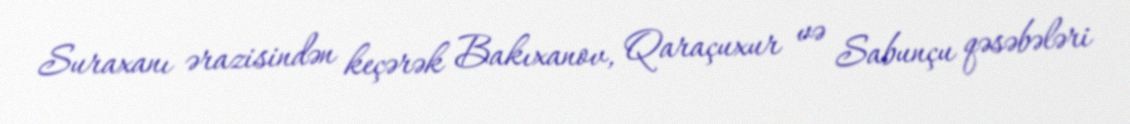
Suraxanı ərazisindən keçərək Bakıxanov, Qaraçuxur və Sabunçu qəsəbələri